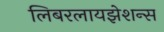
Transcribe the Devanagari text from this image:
लिबरलायझेशन्स